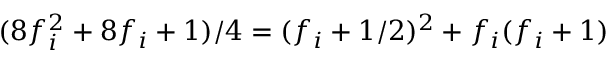
( 8 f _ { i } ^ { 2 } + 8 f _ { i } + 1 ) / 4 = ( f _ { i } + 1 / 2 ) ^ { 2 } + f _ { i } ( f _ { i } + 1 )